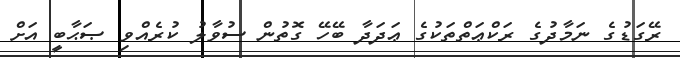
ރޭގަޑުގެ ނަމާދުގެ ރަކްޢަތްތަކުގެ ޢަދަދާ ބޭހޭ ގޮތުން ސުވާލު ކުރެއްވި ޞަޙާބީ އަށް